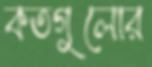
কতগুলোর